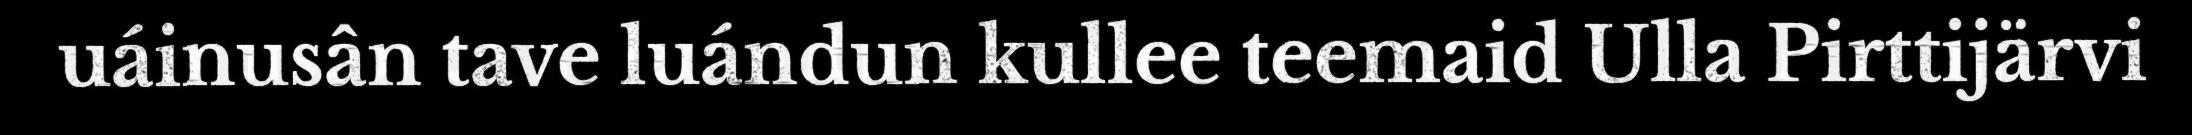
uáinusân tave luándun kullee teemaid Ulla Pirttijärvi